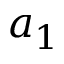
a _ { 1 }